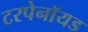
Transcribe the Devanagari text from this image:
टरपेनॉयड